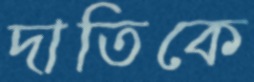
দাতিকে